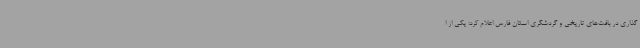
گذاری در بافت‌های تاریخی و گردشگری استان فارس اعلام کرد: یکی از ا